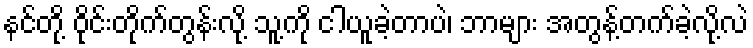
နင်တို့ ဝိုင်းတိုက်တွန်းလို့ သူ့ကို ငါယူခဲ့တာပဲ၊ ဘာများ အတွန့်တက်ခဲ့လို့လဲ